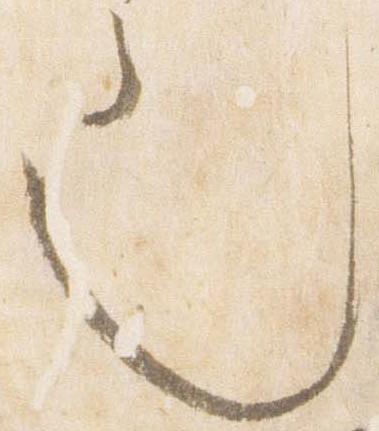
也